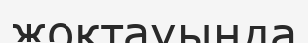
жоқтауында